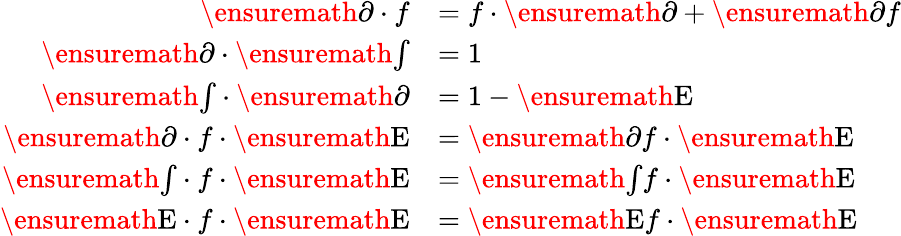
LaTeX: \begin{array}{rl}{\ensuremath{\partial}\cdot{f}}&{=f\cdot\ensuremath{\partial}+\ensuremath{\partial}{f}}\\ {\ensuremath{\partial}\cdot\ensuremath{{\textstyle\int}}}&{=1}\\ {\ensuremath{{\textstyle\int}}\cdot\ensuremath{\partial}}&{=1-\ensuremath{{\mathrm{E}}}}\\ {\ensuremath{\partial}\cdot{f}\cdot\ensuremath{{\mathrm{E}}}}&{=\ensuremath{\partial}{f}\cdot\ensuremath{{\mathrm{E}}}}\\ {\ensuremath{{\textstyle\int}}\cdot{f}\cdot\ensuremath{{\mathrm{E}}}}&{=\ensuremath{{\textstyle\int}}{f}\cdot\ensuremath{{\mathrm{E}}}}\\ {\ensuremath{{\mathrm{E}}}\cdot{f}\cdot\ensuremath{{\mathrm{E}}}}&{=\ensuremath{{\mathrm{E}}}{f}\cdot\ensuremath{{\mathrm{E}}}}\end{array}